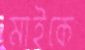
মাইকে